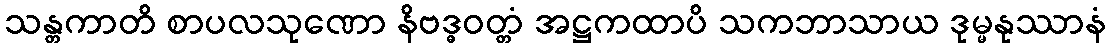
သန္တကာတိ စာပလသုဏော နိဗဒ္ဓဝတ္တံ အဋ္ဌကထာပိ သကဘာသာယ ဒုမ္မနုဿာနံ